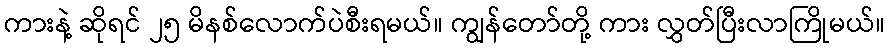
ကားနဲ့ ဆိုရင် ၂၅ မိနစ်လောက်ပဲစီးရမယ်။ ကျွန်တော်တို့ ကား လွှတ်ပြီးလာကြိုမယ်။